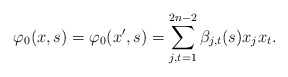
\begin{align*}\varphi_0(x,s)=\varphi_0(x',s)=\sum^{2n-2}_{j,t=1}\beta_{j,t}(s)x_jx_t.\end{align*}